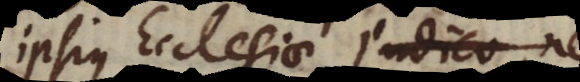
ipsius Ecclesiae judico, ne